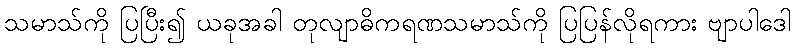
သမာသ်ကို ပြပြီး၍ ယခုအခါ တုလျာဓိကရဏသမာသ်ကို ပြပြန်လိုရကား ဗျာပါဒေါ